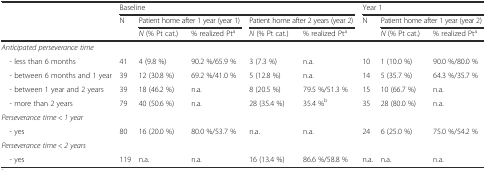
<table><thead><tr><td rowspan="3"></td><td colspan="5"><b>Baseline</b></td><td colspan="3"><b>Year 1</b></td></tr><tr><td rowspan="2"><b>N</b></td><td colspan="2"><b>Patient home after 1 year (year 1)</b></td><td colspan="2"><b>Patient home after 2 years (year 2)</b></td><td rowspan="2"><b>N</b></td><td colspan="2"><b>Patient home after 1 year (year 2)</b></td></tr><tr><td><b><i>N</i> (% Pt cat.)</b></td><td><b>% realized Pt<sup>a</sup></b></td><td><b><i>N</i> (% Pt cat.)</b></td><td><b>% realized Pt<sup>a</sup></b></td><td><b><i>N</i> (% Pt cat.)</b></td><td><b>% realized Pt<sup>a</sup></b></td></tr></thead><tbody><tr><td colspan="9"><i>Anticipated perseverance time</i></td></tr><tr><td> - less than 6 months</td><td>41</td><td>4 (9.8 %)</td><td>90.2 %/65.9 %</td><td>3 (7.3 %)</td><td>n.a.</td><td>10</td><td>1 (10.0 %)</td><td>90.0 %/80.0 %</td></tr><tr><td> - between 6 months and 1 year</td><td>39</td><td>12 (30.8 %)</td><td>69.2 %/41.0 %</td><td>5 (12.8 %)</td><td>n.a.</td><td>14</td><td>5 (35.7 %)</td><td>64.3 %/35.7 %</td></tr><tr><td> - between 1 year and 2 years</td><td>39</td><td>18 (46.2 %)</td><td>n.a.</td><td>8 (20.5 %)</td><td>79.5 %/51.3 %</td><td>15</td><td>10 (66.7 %)</td><td>n.a.</td></tr><tr><td> - more than 2 years</td><td>79</td><td>40 (50.6 %)</td><td>n.a.</td><td>28 (35.4 %)</td><td>35.4 %<sup>b</sup></td><td>35</td><td>28 (80.0 %)</td><td>n.a.</td></tr><tr><td colspan="9"><i>Perseverance time &lt; 1 year</i></td></tr><tr><td> - yes</td><td>80</td><td>16 (20.0 %)</td><td>80.0 %/53.7 %</td><td>n.a.</td><td>n.a.</td><td>24</td><td>6 (25.0 %)</td><td>75.0 %/54.2 %</td></tr><tr><td colspan="9"><i>Perseverance time &lt; 2 years</i></td></tr><tr><td> - yes</td><td>119</td><td>n.a.</td><td>n.a.</td><td>16 (13.4 %)</td><td>86.6 %/58.8 %</td><td>n.a.</td><td>n.a.</td><td>n.a.</td></tr></tbody></table>